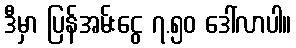
ဒီမှာ ပြန်အမ်းငွေ ၇.၅၀ ဒေါ်လာပါ။